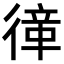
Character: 𢕎